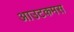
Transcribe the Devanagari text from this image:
आउटकमस